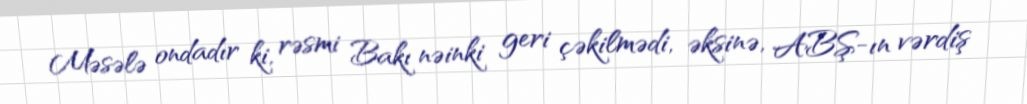
Məsələ ondadır ki, rəsmi Bakı nəinki geri çəkilmədi, əksinə, ABŞ-ın vərdiş